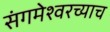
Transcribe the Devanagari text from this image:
संगमेश्वरच्याच